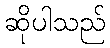
ဆိုပါသည်